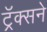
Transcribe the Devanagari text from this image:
ट्रॅक्सने